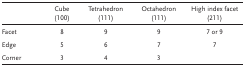
|  | Cube (100) | Tetrahedron (111) | Octahedron (111) | High index facet (211) |
 | --- | --- | --- | --- | --- |
 | Facet | 8 | 9 | 9 | 7 or 9 |
 | Edge | 5 | 6 | 7 | 7 |
 | Corner | 3 | 4 | 3 |  |